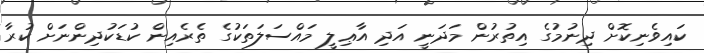
ކައިވެނިކޮށް ދިނުމުގެ އިތުރުން މަދަނީ އަދި އާޢިލީ މައްސަލަތަކުގެ ތެރެއިން ކުޑަކުދިންނަށް ކުރާ